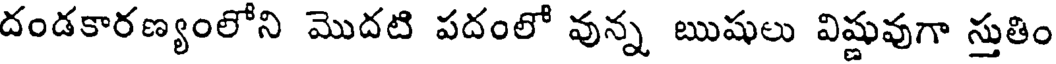
దండకారణ్యంలోని మొదటి పదంలో వున్న ఋషులు విష్ణువుగా స్తుతిం